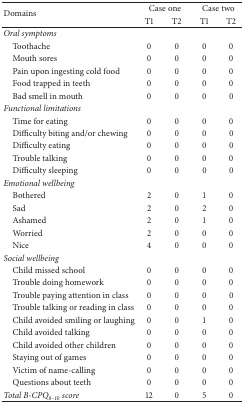
<table><thead><tr><td rowspan="2"><b>Domains</b></td><td colspan="2"><b> Case one</b></td><td colspan="2"><b> Case two</b></td></tr><tr><td><b>T1</b></td><td><b>T2</b></td><td><b>T1</b></td><td><b>T2</b></td></tr></thead><tbody><tr><td><i>Oral symptoms</i></td><td> </td><td> </td><td> </td><td> </td></tr><tr><td> Toothache</td><td>0</td><td>0</td><td>0</td><td>0</td></tr><tr><td> Mouth sores</td><td>0</td><td>0</td><td>0</td><td>0</td></tr><tr><td> Pain upon ingesting cold food</td><td>0</td><td>0</td><td>0</td><td>0</td></tr><tr><td> Food trapped in teeth</td><td>0</td><td>0</td><td>0</td><td>0</td></tr><tr><td> Bad smell in mouth</td><td>0</td><td>0</td><td>0</td><td>0</td></tr><tr><td><i>Functional limitations</i></td><td> </td><td> </td><td> </td><td> </td></tr><tr><td> Time for eating</td><td>0</td><td>0</td><td>0</td><td>0</td></tr><tr><td> Difficulty biting and/or chewing</td><td>0</td><td>0</td><td>0</td><td>0</td></tr><tr><td> Difficulty eating</td><td>0</td><td>0</td><td>0</td><td>0</td></tr><tr><td> Trouble talking</td><td>0</td><td>0</td><td>0</td><td>0</td></tr><tr><td> Difficulty sleeping</td><td>0</td><td>0</td><td>0</td><td>0</td></tr><tr><td><i>Emotional wellbeing</i></td><td> </td><td> </td><td> </td><td> </td></tr><tr><td> Bothered</td><td>2</td><td>0</td><td>1</td><td>0</td></tr><tr><td> Sad</td><td>2</td><td>0</td><td>2</td><td>0</td></tr><tr><td> Ashamed</td><td>2</td><td>0</td><td>1</td><td>0</td></tr><tr><td> Worried</td><td>2</td><td>0</td><td>0</td><td>0</td></tr><tr><td> Nice</td><td>4</td><td>0</td><td>0</td><td>0</td></tr><tr><td><i>Social wellbeing</i></td><td> </td><td> </td><td> </td><td> </td></tr><tr><td> Child missed school</td><td>0</td><td>0</td><td>0</td><td>0</td></tr><tr><td> Trouble doing homework</td><td>0</td><td>0</td><td>0</td><td>0</td></tr><tr><td> Trouble paying attention in class</td><td>0</td><td>0</td><td>0</td><td>0</td></tr><tr><td> Trouble talking or reading in class</td><td>0</td><td>0</td><td>0</td><td>0</td></tr><tr><td> Child avoided smiling or laughing</td><td>0</td><td>0</td><td>1</td><td>0</td></tr><tr><td> Child avoided talking</td><td>0</td><td>0</td><td>0</td><td>0</td></tr><tr><td> Child avoided other children</td><td>0</td><td>0</td><td>0</td><td>0</td></tr><tr><td> Staying out of games</td><td>0</td><td>0</td><td>0</td><td>0</td></tr><tr><td> Victim of name-calling</td><td>0</td><td>0</td><td>0</td><td>0</td></tr><tr><td> Questions about teeth</td><td>0</td><td>0</td><td>0</td><td>0</td></tr><tr><td><i>Total B-</i>CPQ<sub>8–10</sub><i> score</i></td><td>12</td><td>0</td><td>5</td><td>0</td></tr></tbody></table>